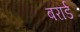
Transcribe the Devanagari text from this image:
बरार्ड